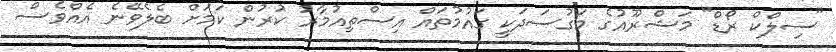
"ސިލްކް ރޯޑް" މަޝްރޫއުގެ މަގުސަދަކީ ގައުމުތައް އިސްތިއުމާރު ކުރުން ކަމަށް ބެލެވޭނެ އެއްވެސް